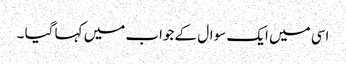
اسی میں ایک سوال کے جواب میں کہا گیا ۔